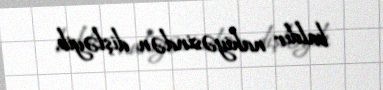
baldır nahiyəsindən dişləyib.